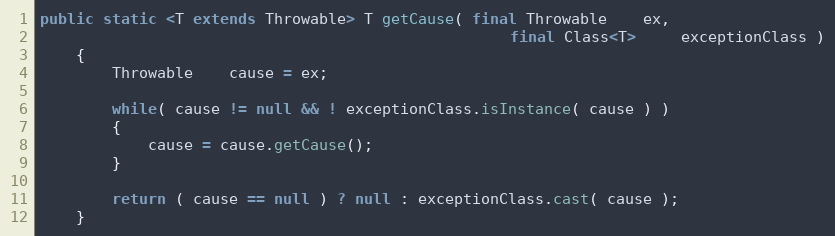
Language: Java
public static <T extends Throwable> T getCause( final Throwable    ex,
                                                    final Class<T>     exceptionClass )
    {
        Throwable    cause = ex;

        while( cause != null && ! exceptionClass.isInstance( cause ) )
        {
            cause = cause.getCause();
        }

        return ( cause == null ) ? null : exceptionClass.cast( cause );
    }